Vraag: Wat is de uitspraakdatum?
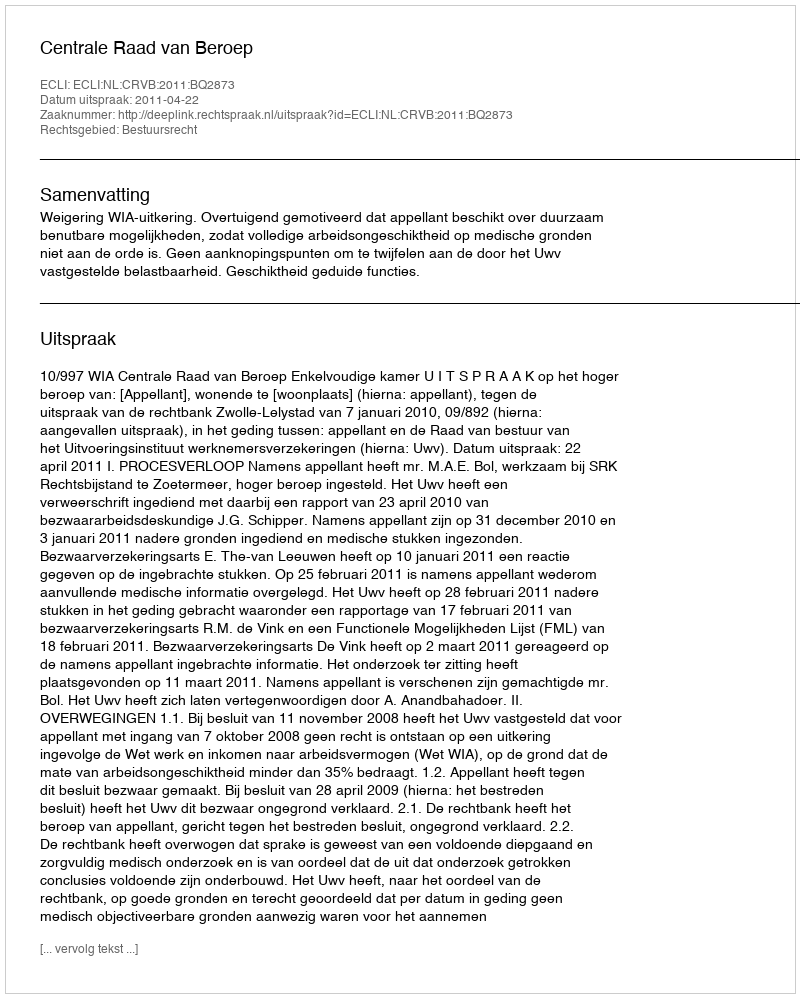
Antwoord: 2011-04-22